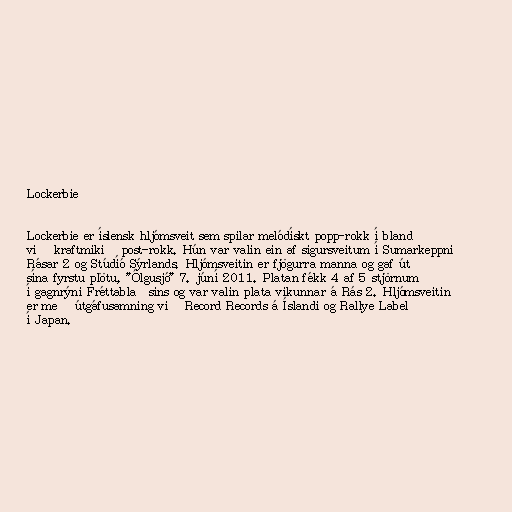
Lockerbie

Lockerbie er íslensk hljómsveit sem spilar melódískt popp-rokk í bland
við kraftmikið post-rokk. Hún var valin ein af sigursveitum í Sumarkeppni
Rásar 2 og Stúdíó Sýrlands. Hljómsveitin er fjögurra manna og gaf út
sína fyrstu plötu, "Ólgusjó" 7. júní 2011. Platan fékk 4 af 5 stjörnum
í gagnrýni Fréttablaðsins og var valin plata vikunnar á Rás 2. Hljómsveitin
er með útgáfusamning við Record Records á Íslandi og Rallye Label
í Japan.